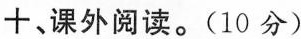
十、课外阅读。(10分)